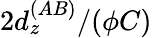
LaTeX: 2d_{z}^{(AB)}/(\phi C)